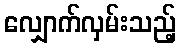
လျှောက်လှမ်းသည့်